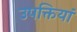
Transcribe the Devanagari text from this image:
उपक्तियां